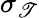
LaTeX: \sigma_{\mathscr{T}}